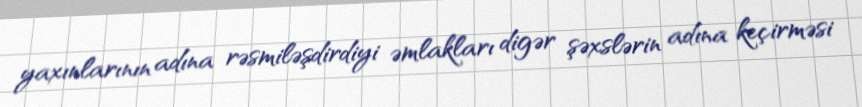
yaxınlarının adına rəsmiləşdirdiyi əmlakları digər şəxslərin adına keçirməsi